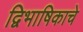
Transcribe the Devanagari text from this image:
द्विभाषिकाचे